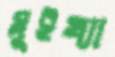
মুইখ্যা